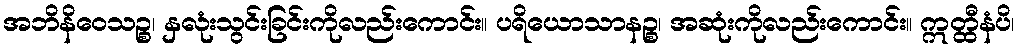
အဘိနိဝေသဉ္စ၊ နှလုံးသွင်းခြင်းကိုလည်းကောင်း။ ပရိယောသာနဉ္စ၊ အဆုံးကိုလည်းကောင်း။ ဣတ္ထီနံပိ၊